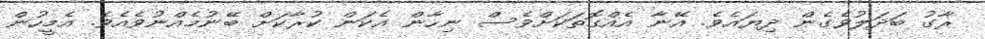
ރާގު ބަދަލުވެގެން ދިޔައެވެ. އޭނާ އެއްގޮތަކަށްވެސް ނިހާން އެކަން ކުރާކަށް ބޭނުމެއްނުވެއެވެ. އެމީހުން